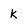
Character: k